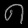
Digit: ၈